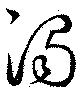
濁